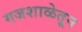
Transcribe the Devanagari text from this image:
गजशाळेतून